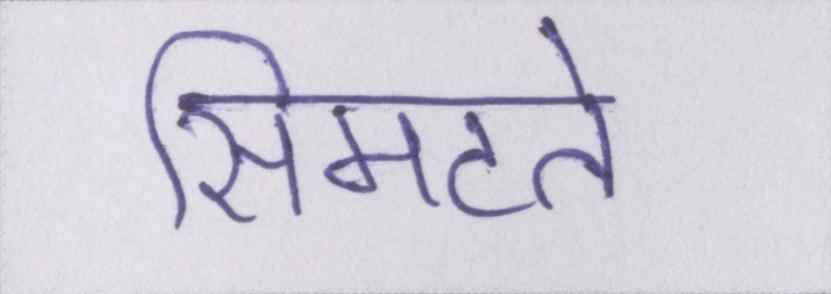
सिमटते